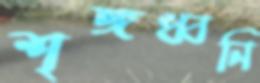
শৃঙ্গধ্বনি